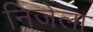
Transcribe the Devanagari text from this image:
निजेला